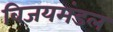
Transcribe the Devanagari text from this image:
विजयमंडल